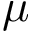
\mu